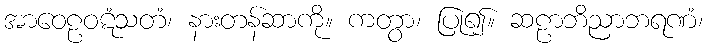
အာဝေဠဝဋံသတံ၊ နားတန်ဆာကို။ ကတွာ၊ ပြု၍။ ဆဠာဘိညာဘရဏံ၊